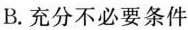
B.充分不必要条件